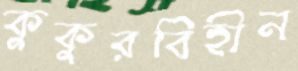
কুকুরবিহীন